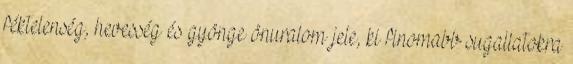
féktelenség, hevesség és gyönge önuralom jele, ki finomabb sugallatokra